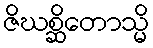
ဇိဃစ္ဆိတောသ္မိ